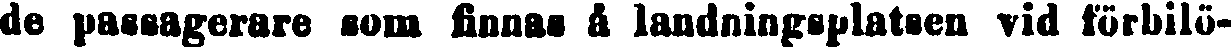
de passagerare som finnas å landningsplatsen vid förbilö-